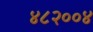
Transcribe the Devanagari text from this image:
४८२००४